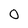
Character: 0